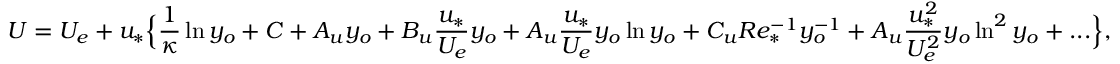
U = U _ { e } + u _ { * } \Big \{ \frac { 1 } { \kappa } \ln y _ { o } + C + A _ { u } y _ { o } + B _ { u } \frac { u _ { * } } { U _ { e } } y _ { o } + A _ { u } \frac { u _ { * } } { U _ { e } } y _ { o } \ln y _ { o } + C _ { u } R e _ { * } ^ { - 1 } y _ { o } ^ { - 1 } + A _ { u } \frac { u _ { * } ^ { 2 } } { U _ { e } ^ { 2 } } y _ { o } \ln ^ { 2 } y _ { o } + . . . \Big \} ,